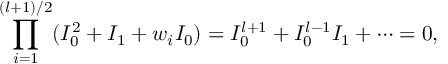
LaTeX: \prod _ { i = 1 } ^ { ( l + 1 ) / 2 } ( I _ { 0 } ^ { 2 } + I _ { 1 } + w _ { i } I _ { 0 } ) = I _ { 0 } ^ { l + 1 } + I _ { 0 } ^ { l - 1 } I _ { 1 } + \cdots = 0 ,